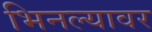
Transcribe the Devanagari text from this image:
भिनल्यावर